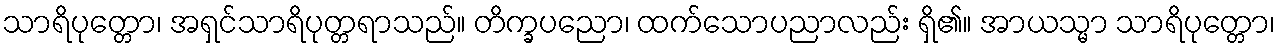
သာရိပုတ္တော၊ အရှင်သာရိပုတ္တရာသည်။ တိက္ခပညော၊ ထက်သောပညာလည်း ရှိ၏။ အာယသ္မာ သာရိပုတ္တော၊